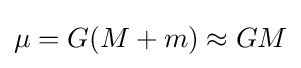
\mu =G(M+m)\approx GM